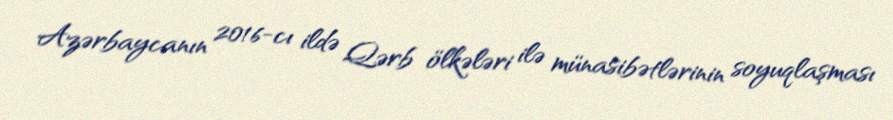
Azərbaycanın 2016-cı ildə Qərb ölkələri ilə münasibətlərinin soyuqlaşması